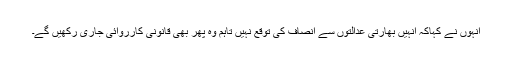
انہوں نے کہاکہ انہیں بھارتی عدالتوں سے انصاف کی توقع نہیں تاہم وہ پھر بھی قانونی کارروائی جاری رکھیں گے۔